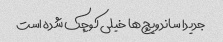
جدیدا ساندویچ‌ها خیلی کوچک شده است